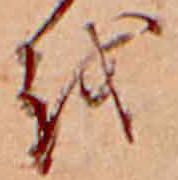
を